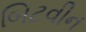
બિટવીન